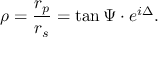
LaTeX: \rho = { \frac { r _ { p } } { r _ { s } } } = \tan \Psi \cdot e ^ { i \Delta } .